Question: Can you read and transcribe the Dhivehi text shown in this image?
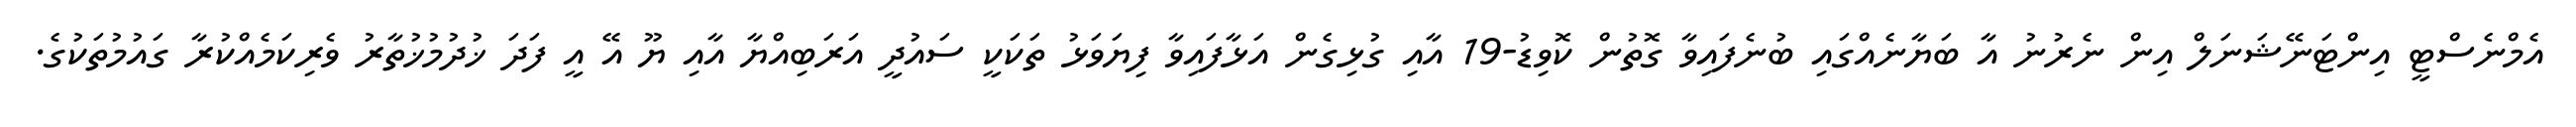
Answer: އެމްނެސްޓީ އިންޓަނޭޝަނަލް އިން ނެރުނު އާ ބަޔާނެއްގައި ބުނެފައިވާ ގޮތުން ކޮވިޑު-19 އާއި ގުޅިގެން އަޅާފައިވާ ފިޔަވަޅު ތަކަކީ ސައުދީ އަރަބިއްޔާ އާއި ޔޫ އޭ އީ ފަދަ ޚުދުމުޚުތާރު ވެރިކަމެއްކުރާ ގައުމުތަކުގެ.